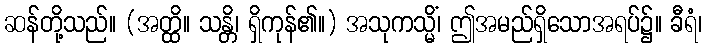
ဆန်တို့သည်။ (အတ္ထိ။ သန္တိ၊ ရှိကုန်၏။) အသုကသ္မိံ၊ ဤအမည်ရှိသောအရပ်၌။ ခီရံ၊